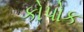
કોપોક